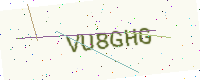
Text: VU8GHG